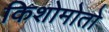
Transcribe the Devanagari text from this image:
किशोमोतो